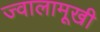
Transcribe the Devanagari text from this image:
ज्वालामूखी